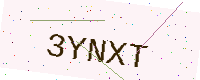
Text: 3YNXT